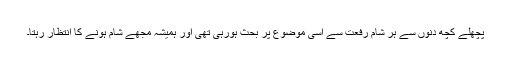
پچھلے کچھ دنوں سے ہر شام رفعت سے اسی موضوع پر بحث ہورہی تھی اور ہمیشہ مجھے شام ہونے کا انتظار رہتا۔